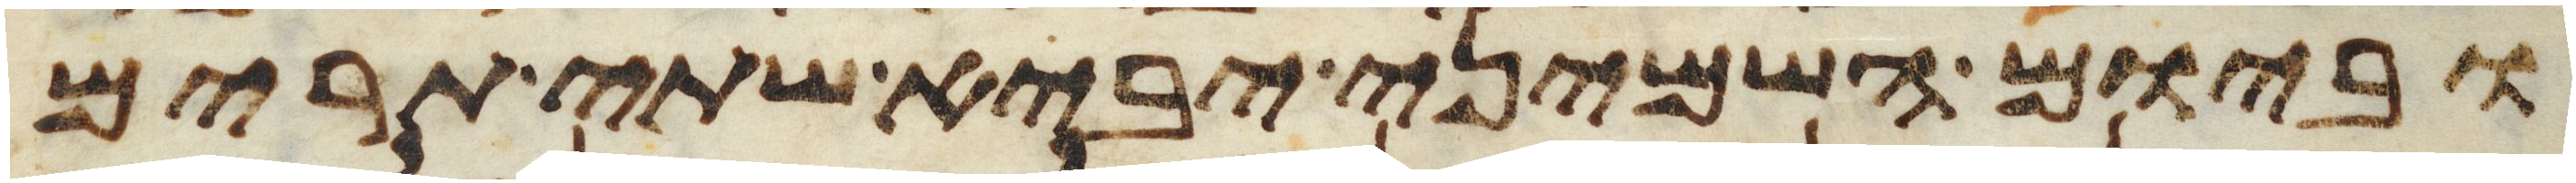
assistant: וביום השמיני יביא שתי תרים